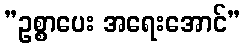
”ဥစ္စာပေး အရေးအောင်”